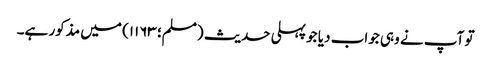
تو آپ نے وہی جواب دیا جو پہلی حدیث (مسلم؛ ۱۱۶۳) میں مذکور ہے۔